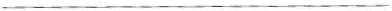
___